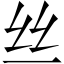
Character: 丝